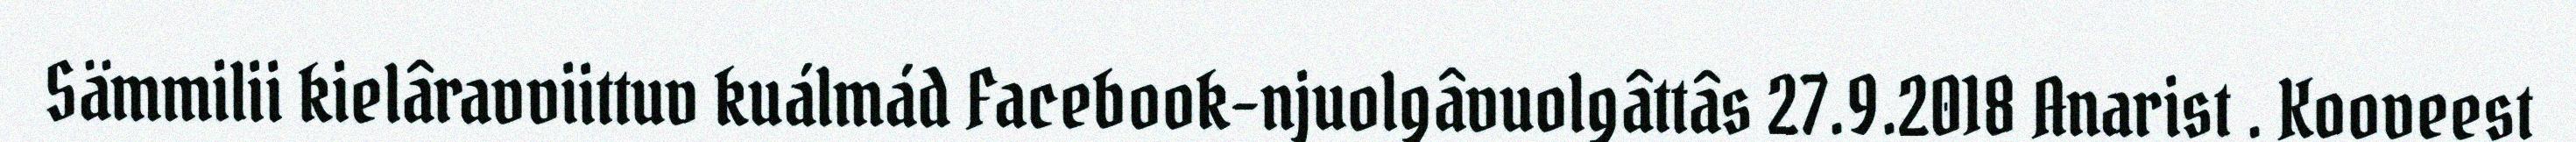
Sämmilii kielâravviittuv kuálmád Facebook-njuolgâvuolgâttâs 27.9.2018 Anarist . Kooveest